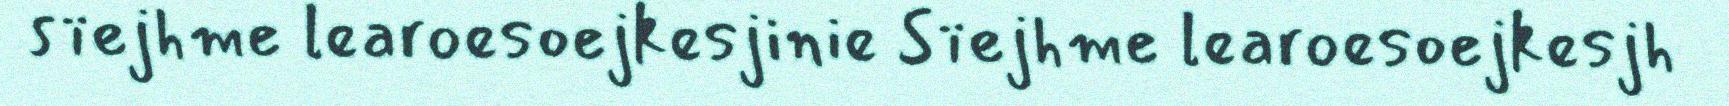
sïejhme learoesoejkesjinie Sïejhme learoesoejkesjh